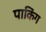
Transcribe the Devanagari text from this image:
पाकिंग